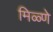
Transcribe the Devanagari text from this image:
मिळ्णे